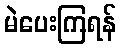
မဲပေးကြရန်